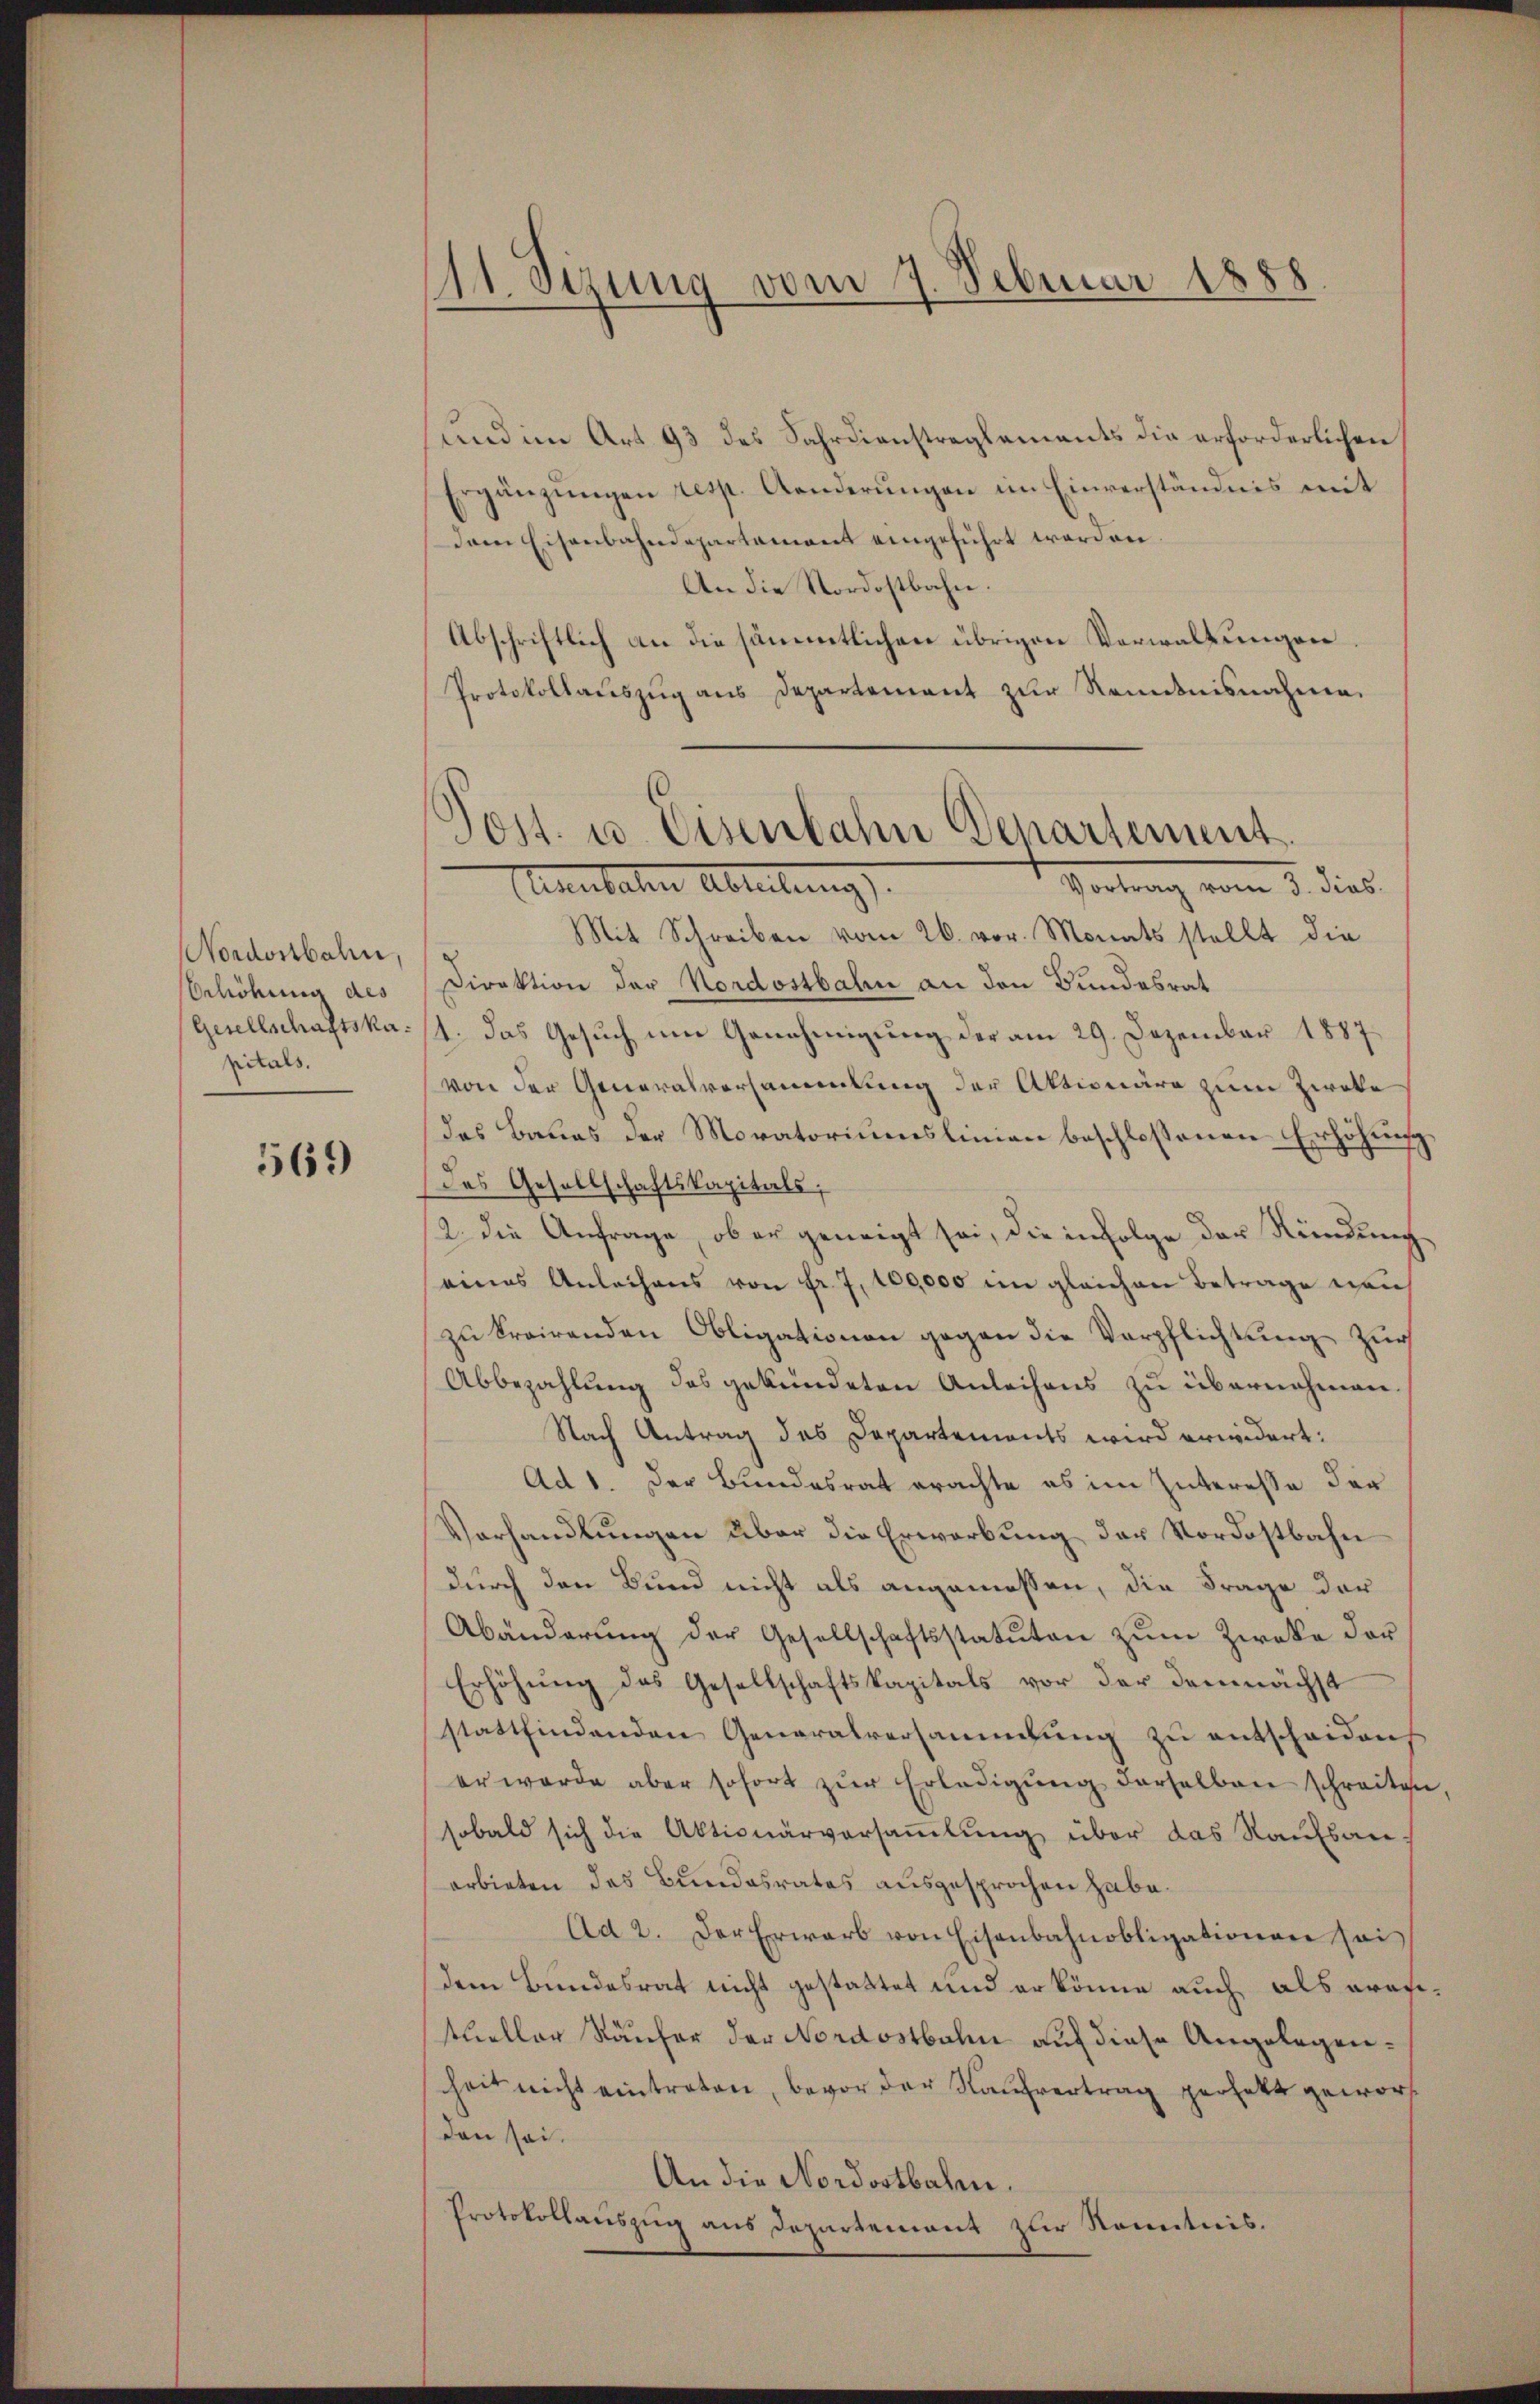
Nordostbahn,
Sehöhung des
Gesellschaftska
pitals.

569

11. Sizung vom 7. Februar 1888

und im Art. 93 des Fahrdienstreglements die erforderlichen
gänzungen resp. Anderungen im Einverständnis mit
dem Eisenbahndepartament eingeführt worden.
An die Nordostbahn.
Abschriftlich an die sämmtlichen übrigen Verwaltungen.
Protokollauszug aus Departement zur Kenntnisnahme.
 vom 5. dies
Anerbachen Abteilung
Mit Schreiben vom 26. vor. Monats stellt die
Direktion der Nordostbahn an den Bundesrat
1. Das Gesŭch um Genehmigung der am 29. Dezember 1887
von der Generalversammlung der Aktionäre zum Zweke
das Baues der Moratoriumslinien beschlossenen Erhöhung
des Gesellschaftskapitals,
2. die Anfrage, ob er geneigt sei, die infolge der Kündung
eines Anleihens von Fr. 7, 100,000 im gleichen Betrage nou
zu trairenden Obligationen gegen die Verpflichtung zur
Abbezahlŭng des gekündeten Anleihens zu übernehmen.
Nach Antrag des Departements wird erwidert:
Ad 1. Der Bundesrat erachte es im Interesse der
Vorhandlungen über die Erwerbung der Nordostbahn
durch den Bund nicht als angemessen, die Frage der
Abänderŭng der Gesellschaftsstatuten zŭm Zweke der
Erhöhung des Gesellschaftskapitals vor der demnächst
stattfindenden Generalversammlung zu entscheiden
er werde aber sofort zŭr Erledigŭng derselben schreiten
sobald sich die Aktionärversammlung über das Kaufsan
arbieten des Bundesrates ausgesprochen habe.
Ad 2. Der Erwarb von Eisenbahnobligationen sei
dem Bundesrat nicht gestattet und er könne auch als araftueller Käufer der Nordostbahn auf diese Angelegenheit nicht eintreten, bevor der Kaufvertrag perfett geworf
den sei.
An die Nordostbahn.
Protokollauszug aus Departement zur Kenntnis.

Jost u. Eisenbahn Departement.

.